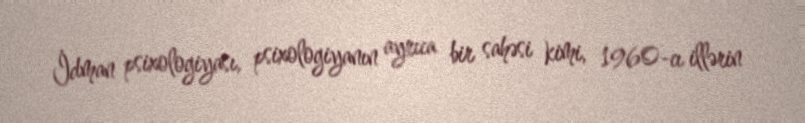
İdman psixologiyası, psixologiyanın ayrıca bir sahəsi kimi, 1960-cı illərin